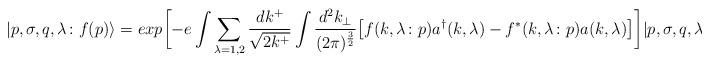
LaTeX: \begin{align*}\vert p,\sigma,q,\lambda \colon f(p) \rangle = exp\biggl[-e\int\sum_{\lambda=1,2} {{dk^+} \over {\sqrt{2k^+}}} \int {{d^2k_\perp} \over{(2\pi)^{3 \over 2}}}\bigl[f(k,\lambda \colon p)a^\dagger(k,\lambda) - f^*(k,\lambda \colon p)a(k,\lambda)\bigr] \biggr]\vert p,\sigma,q,\lambda \rangle\;.\end{align*}